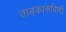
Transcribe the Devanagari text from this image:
ताड़कारुपिणी